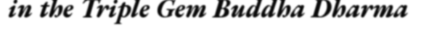
in the Triple Gem Buddha Dharma